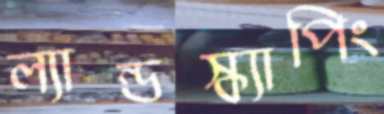
ল্যান্ডস্ক্যাপিং